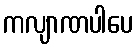
ကလျာဏပါပေ